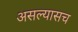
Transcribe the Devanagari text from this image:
असल्यासच